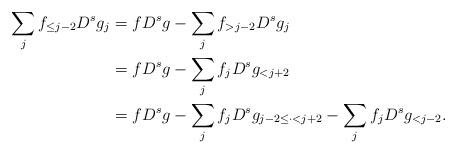
LaTeX: \begin{align*}\sum_j f_{\le j-2} D^s g_j & = f D^s g - \sum_j f_{>j-2} D^s g_j \\& = f D^s g - \sum_j f_j D^s g_{<j+2} \\& = f D^s g - \sum_j f_j D^s g_{j-2\le \cdot <j+2} - \sum_j f_j D^s g_{<j-2}.\end{align*}